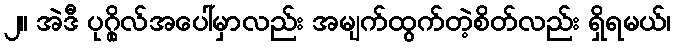
၂။ အဲဒီ ပုဂ္ဂိုလ်အပေါ်မှာလည်း အမျက်ထွက်တဲ့စိတ်လည်း ရှိရမယ်၊